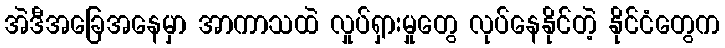
အဲဒီအခြေအနေမှာ အာကာသထဲ လှုပ်ရှားမှုတွေ လုပ်နေနိုင်တဲ့ နိုင်ငံတွေက